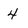
Character: 4